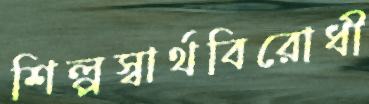
শিল্পস্বার্থবিরোধী